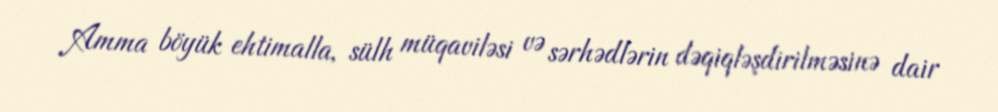
Amma böyük ehtimalla, sülh müqaviləsi və sərhədlərin dəqiqləşdirilməsinə dair